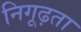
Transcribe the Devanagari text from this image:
निगूढ़ता